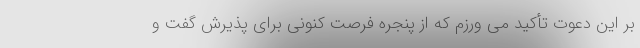
بر این دعوت تأکید می ورزم که از پنجره فرصت کنونی برای پذیرش گفت و